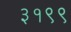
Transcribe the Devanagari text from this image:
३१९९